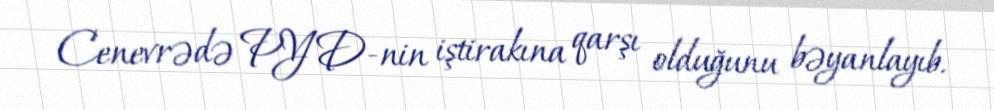
Cenevrədə PYD-nin iştirakına qarşı olduğunu bəyanlayıb.